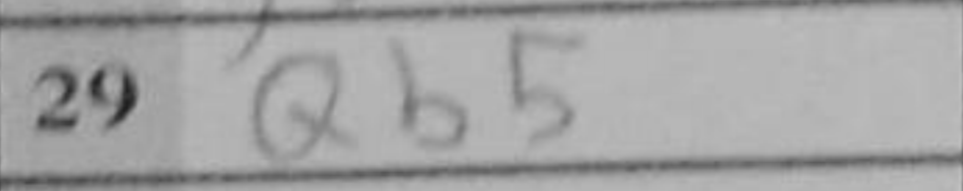
Transcription: Qb5